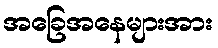
အခြေအနေများအား